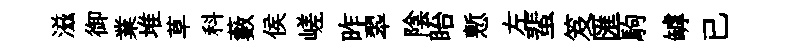
滋御業堆草科藪侯嵯昨翆陰眙慙左蜚笈匯駒罅已